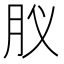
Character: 肞